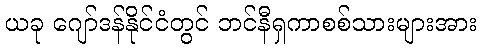
ယခု ဂျော်ဒန်နိုင်ငံတွင် ဘင်နီရှကာစစ်သားများအား